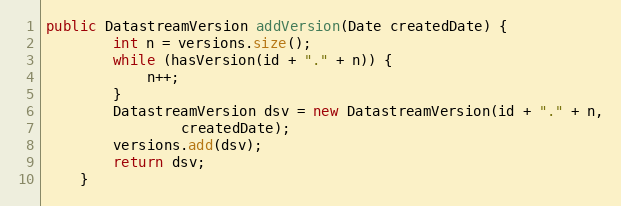
Language: Java
public DatastreamVersion addVersion(Date createdDate) {
        int n = versions.size();
        while (hasVersion(id + "." + n)) {
            n++;
        }
        DatastreamVersion dsv = new DatastreamVersion(id + "." + n,
                createdDate);
        versions.add(dsv);
        return dsv;
    }